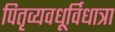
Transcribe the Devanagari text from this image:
पितृव्यवधूर्विधात्रा